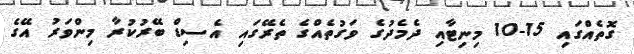
ގޮތެއްގައި 15-10 މިނިޓާއި ދެމެދުގެ ވަގުތެއްގެ ތެރޭގައި އެސިޑް ބޭރުކުރާ މިންވަރު އޭގެ